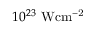
1 0 ^ { 2 3 } \mathrm { ~ W c m ^ { - 2 } }